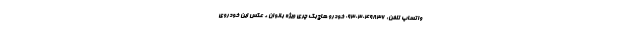
واتساپ تلفن: ۰۹۳۰۳۰۴۹۸۳۶ خودرو هاچ‌بک چری ویژه بانوان + عکس این خودروی